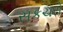
સકચરો